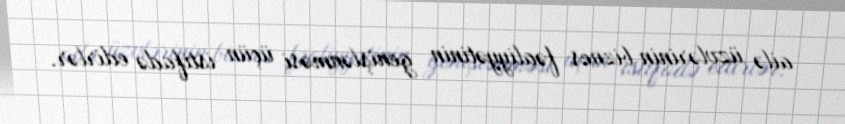
ailə üzvlərinin biznes fəaliyyətinin genişlənməsi üçün istifadə edirlər.